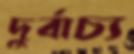
দুর্বাচ্য